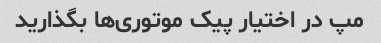
مپ در اختیار پیک موتوری‌ها بگذارید